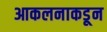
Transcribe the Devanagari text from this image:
आकलनाकडून